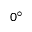
0 ^ { \circ }